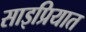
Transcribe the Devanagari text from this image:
साइप्रियात